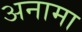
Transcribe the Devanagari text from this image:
अनामा